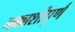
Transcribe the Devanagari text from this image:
नक्काशीपूर्ण